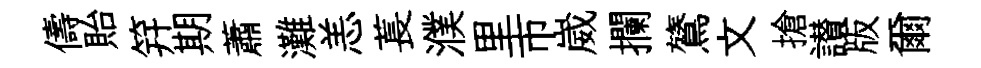
儔貽笄期蕭灘恙萇濮里市崴攔鷟文搶讃版爾